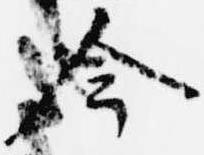
今